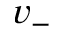
v _ { - }